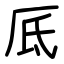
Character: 厎